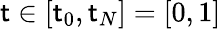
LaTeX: \mathsf{t}\in[\mathsf{t}_{0},\mathsf{t}_{N}]=[0,1]